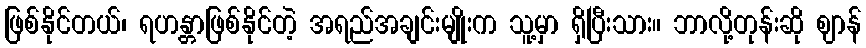
ဖြစ်နိုင်တယ်၊ ရဟန္တာဖြစ်နိုင်တဲ့ အရည်အချင်းမျိုးက သူ့မှာ ရှိပြီးသား။ ဘာလို့တုန်းဆို ဈာန်